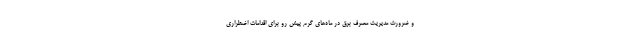
و ضرورت مدیریت مصرف برق در ماه‌های گرم پیش رو برای اقدامات اضطراری